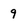
Character: 9